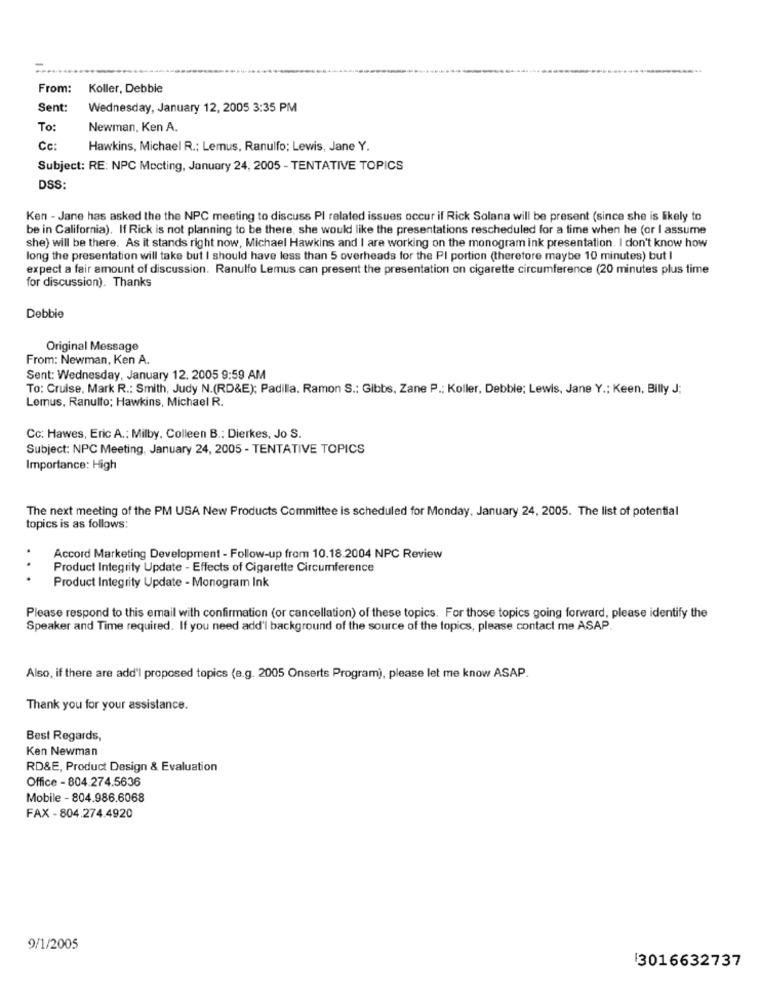
From:
Koller, Debbie
Sent:
Wednesday, January 12, 2005 3:35 PM
To:
Newman, Ken A.
Cc:
Hawkins, Michael R .; Lemus, Ranulfo; Lewis, Jane Y.
Subject: RE: NPC Mocting, January 24, 2005 - TENTATIVE TOPICS
DSS:
Ken - Jane has asked the the NPC meeting to discuss PI related issues occur if Rick Solana will be present (since she is likely to
be in California). If Rick is not planning to be there, she would like the presentations rescheduled for a time when he (or I assume
she) will be there. As it stands right now, Michael Hawkins and I are working on the monogram ink presentation. I don't know how
long the presentation will take but I should have less than 5 overheads for the PI portion (therefore maybe 10 minutes) but I
expect a fair amount of discussion. Ranulfo Lemus can present the presentation on cigarette circumference (20 minutes plus time
for discussion). Thanks
Debbie
Original Message
From: Newman, Ken A.
Sent: Wednesday, January 12. 2005 9:59 AM
To: Cruise, Mark R .: Smith, Judy N.(RD&E); Padilla. Ramon S .: Gibbs, Zane P .; Koller, Debbie; Lewis, Jane Y .; Keen, Billy J;
Lemus, Ranulfo; Hawkins, Michael R.
Cc: Hawes, Eric A .: Milby, Colleen B .: Dierkes, Jo S.
Subject: NPC Meeting, January 24, 2005 - TENTATIVE TOPICS
Importance: High
The next meeting of the PM USA New Products Committee is scheduled for Monday, January 24, 2005. The list of potential
topics is as follows:
Accord Marketing Development - Follow-up from 10.18.2004 NPC Review
Product Integrity Update - Effects of Cigarette Circumference
...
Product Integrity Update - Monogram Ink
Please respond to this email with confirmation (or cancellation) of these topics. For those topics going forward, please identify the
Speaker and Time required. If you need add'l background of the source of the topics, please contact me ASAP.
Also, if there are add'l proposed topics (e.g. 2005 Onserts Program), please let me know ASAP.
Thank you for your assistance.
Best Regards,
Ken Newman
RD&E, Product Design & Evaluation
Office - 804.274.5636
Mobile - 804.986.6068
FAX - 804.274.4920
9/1/2005
3016632737